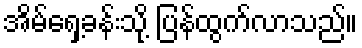
အိမ်ရှေ့ခန်းသို့ ပြန်ထွက်လာသည်။